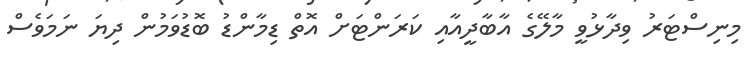
މިނިސްޓަރު ވިދާޅުވީ މާލޭގެ އާބާދީއާއި ކަރަންޓަށް އޮތް ޑިމާންޑު ބޮޑުވަމުން ދިޔަ ނަމަވެސް